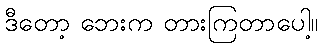
ဒီတော့ ဘေးက တားကြတာပေါ့။